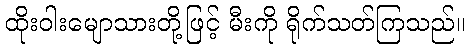
ထိုးဝါးမျောသားတို့ဖြင့် မီးကို ရိုက်သတ်ကြသည်။